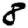
Digit: 8